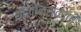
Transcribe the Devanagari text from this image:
कोलोनस्कोपी